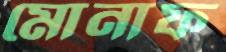
মোনাফ